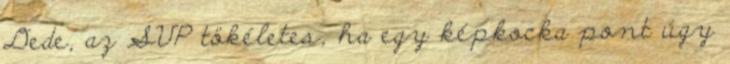
Dede, az SVP tökéletes, ha egy képkocka pont úgy